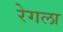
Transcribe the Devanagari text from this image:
रेगला